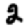
Digit: 2